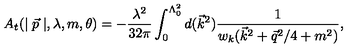
A _ { t } ( \mid \vec { p } \mid , \lambda , m , \theta ) = - \frac { \lambda ^ { 2 } } { 3 2 \pi } \int _ { 0 } ^ { \Lambda _ { 0 } ^ { 2 } } d ( \vec { k } ^ { 2 } ) \frac 1 { w _ { k } ( \vec { k } ^ { 2 } + \vec { q } ^ { 2 } / 4 + m ^ { 2 } ) } ,